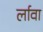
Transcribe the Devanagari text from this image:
र्लावा